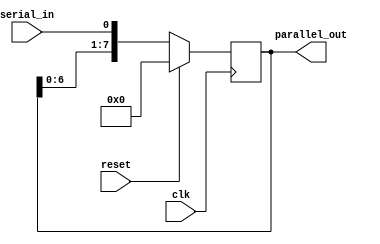
module SerialInParallelOut(
    input wire clk,
    input wire reset,
    input wire serial_in,
    output reg [7:0] parallel_out
);

reg [7:0] shift_reg;

always @(posedge clk) begin
    if (reset) begin
        shift_reg <= 8'b0;
    end else begin
        shift_reg <= {shift_reg[6:0], serial_in};
    end
end

assign parallel_out = shift_reg;

endmodule